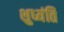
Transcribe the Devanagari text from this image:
शुध्यंति